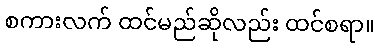
စကားလက် ထင်မည်ဆိုလည်း ထင်စရာ။